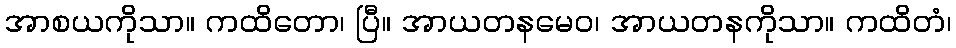
အာစယကိုသာ။ ကထိတော၊ ပြီ။ အာယတနမေဝ၊ အာယတနကိုသာ။ ကထိတံ၊